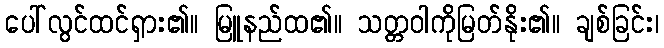
ပေါ်လွင်ထင်ရှား၏။ မြူနည်ထ၏။ သတ္တဝါကိုမြတ်နိုး၏။ ချစ်ခြင်း၊